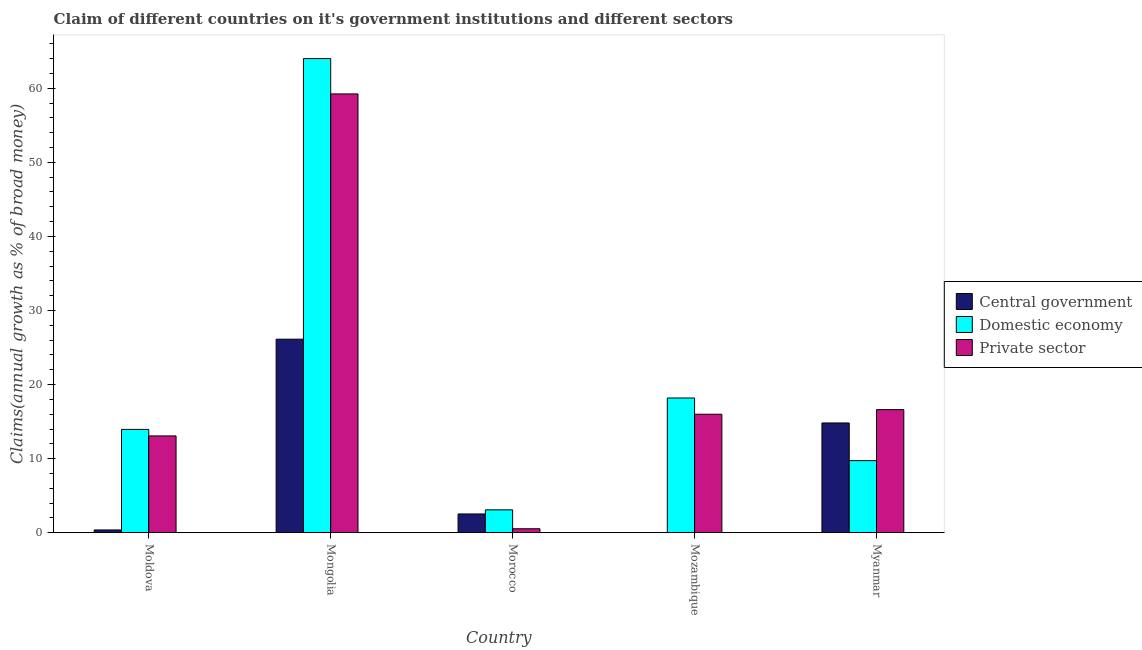
| Country | Central government | Domestic economy | Private sector |
 | --- | --- | --- | --- |
 | Moldova | 0.374 | 13.9 | 13.1 |
 | Mongolia | 26.1 | 64 | 59.2 |
 | Morocco | 2.53 | 3.09 | 0.533 |
 | Mozambique | -7.51 | 18.2 | 16 |
 | Myanmar | 14.8 | 9.73 | 16.6 |